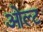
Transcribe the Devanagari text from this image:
ओल्ट